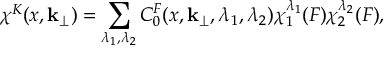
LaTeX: \chi ^ { K } ( x , { \bf k } _ { \perp } ) = \sum _ { \lambda _ { 1 } , \lambda _ { 2 } } C _ { 0 } ^ { F } ( x , { \bf k } _ { \perp } , \lambda _ { 1 } , \lambda _ { 2 } ) \chi _ { 1 } ^ { \lambda _ { 1 } } ( F ) \chi _ { 2 } ^ { \lambda _ { 2 } } ( F ) ,